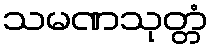
သမဏသုတ္တံ